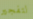
لتفجير